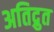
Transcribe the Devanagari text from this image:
अतिद्रुत